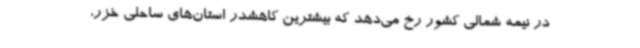
در نیمه شمالی کشور رخ می‌دهد که بیشترین کاهشدر استان‌های ساحلی خزر،